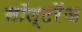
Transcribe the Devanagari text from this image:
सॉल्टरेंज